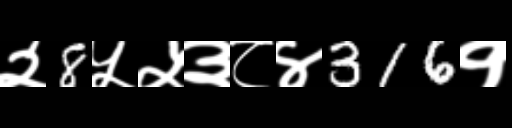
Text: २8५५३८४316१